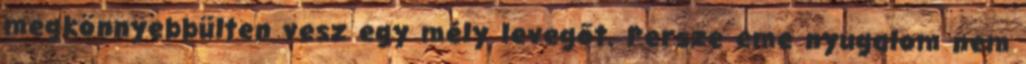
megkönnyebbülten vesz egy mély levegőt. Persze eme nyugalom nem